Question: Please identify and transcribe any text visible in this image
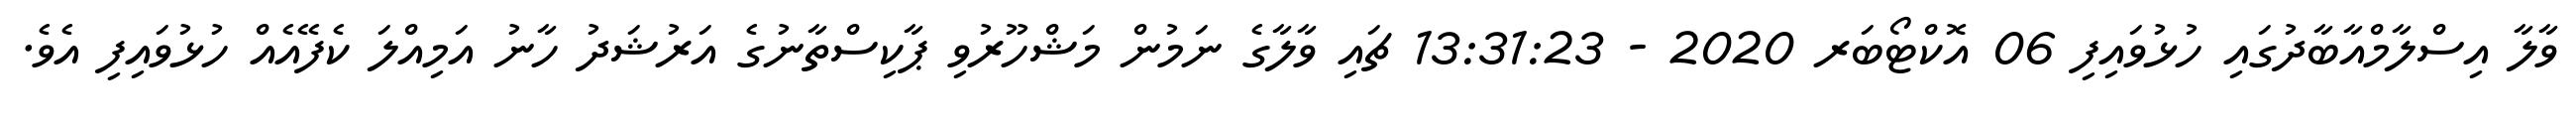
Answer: ވާލާ އިސްލާމްއާބާދުގައި ހުޅުވައިފި 06 އޮކްޓޯބަރ 2020 - 13:31:23 ޗައި ވާލާގެ ނަމުން މަޝްހޫރުވި ޕާކިސްތާނުގެ އަރުޝަދު ހާނު އަމިއްލަ ކެފޭއެއް ހުޅުވައިފި އެވެ.